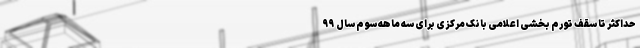
حداکثر تا سقف تورم بخشیِ اعلامیِ بانک مرکزی برای سه ماهه سوم سال ۹۹